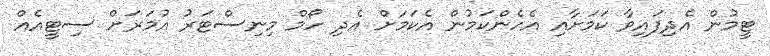
ޓީމުން އެދިފައިވާ ކަމަށާއި އެހެންކަމުން އެކަމަށް އެދި ހޯމް މިނިސްޓަރު އުމަރަށް ސިޓީއެއް